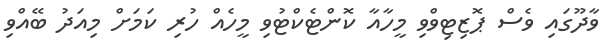
ވާދޫގައި ވެސް ޕޮޒިޓިވްވި މީހާއާ ކޮންޓެކްޓުވި މީހެއް ހުރި ކަމަށް މިއަދު ބޭއްވި